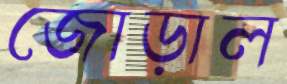
জোড়াল